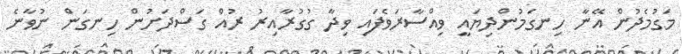
މަގުމެދުން އޭނާ ހިނގަމުންދިޔައީ ވިއްސާރަވެފައި ވިދާ ގުގުރާއިރު ރުއް ގަސްދަށުން ހިނގަން ނުވާނެ